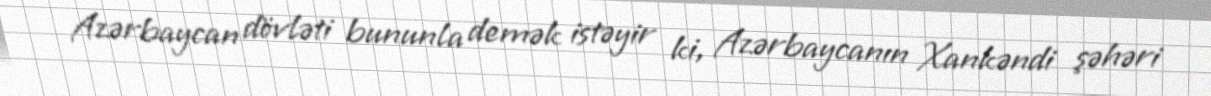
Azərbaycan dövləti bununla demək istəyir ki, Azərbaycanın Xankəndi şəhəri